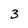
Character: 3